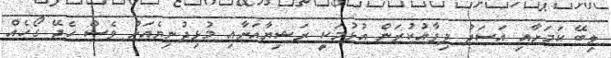
ލިބޭ ކަމަށާއި އަސަދު ދިފާއުކުރަން އުޅުމަކީ ރަޝިޔާއަށާއި މުޅިދުނިޔެއަށް ވެސް ހެދޭ ގޯހެއް